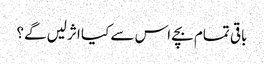
باقی تمام بچے اس سے کیا اثرلیں گے؟